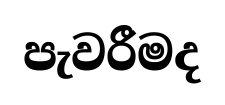
පැවරීමද